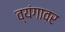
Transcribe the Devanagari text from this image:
व्यंगावर